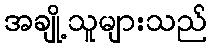
အချို့သူများသည်